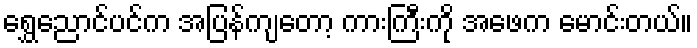
ရွှေညောင်ပင်က အပြန်ကျတော့ ကားကြီးကို အဖေက မောင်းတယ်။